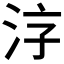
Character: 𱦂